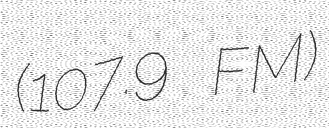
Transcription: (107.9 FM)